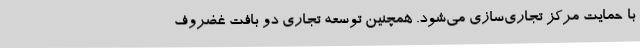
با حمایت مرکز تجاری‌سازی می‌شود. همچنین توسعه تجاری دو بافت غضروف